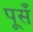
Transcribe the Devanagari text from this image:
पूसँ